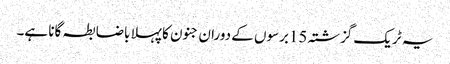
یہ ٹریک گزشتہ 15برسوں کے دوران جنون کا پہلا باضابطہ گانا ہے۔